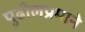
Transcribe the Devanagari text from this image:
पुढीलप्रमाने